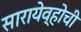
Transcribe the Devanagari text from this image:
सारायेव्होची